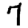
Digit: 7